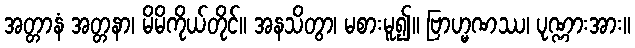
အတ္တာနံ အတ္တနာ၊ မိမိကိုယ်တိုင်။ အနသိတွာ၊ မစားမူ၍။ ဗြာဟ္မဏဿ၊ ပုဏ္ဏားအား။